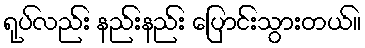
ရုပ်လည်း နည်းနည်း ပြောင်းသွားတယ်။